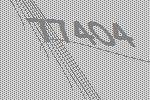
77404